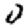
Digit: 0